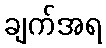
ချက်အရ